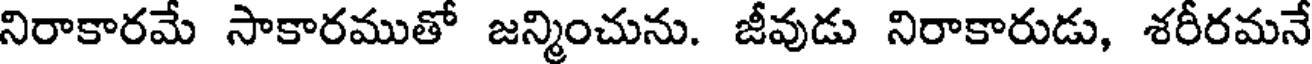
నిరాకారమే సాకారముతో జన్మించును. జీవుడు నిరాకారుడు, శరీరమనే